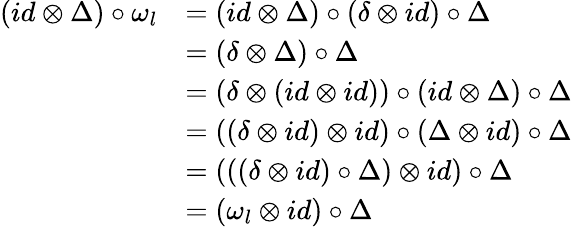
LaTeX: \begin{array}{rl}{(id\otimes\Delta)\circ\omega_{l}}&{=(id\otimes\Delta)\circ(\delta\otimes id)\circ\Delta}\\ &{=(\delta\otimes\Delta)\circ\Delta}\\ &{=(\delta\otimes(id\otimes id))\circ(id\otimes\Delta)\circ\Delta}\\ &{=((\delta\otimes id)\otimes id)\circ(\Delta\otimes id)\circ\Delta}\\ &{=(((\delta\otimes id)\circ\Delta)\otimes id)\circ\Delta}\\ &{=(\omega_{l}\otimes id)\circ\Delta}\end{array}